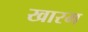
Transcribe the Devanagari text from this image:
खारम